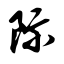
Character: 际